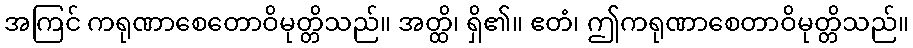
အကြင် ကရုဏာစေတောဝိမုတ္တိသည်။ အတ္ထိ၊ ရှိ၏။ ဧတံ၊ ဤကရုဏာစေတာဝိမုတ္တိသည်။